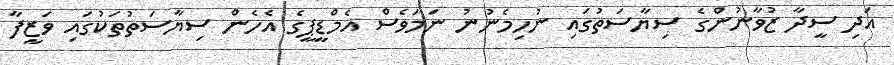
އަދި ސީދާ ޒުވާނުންގެ ސިޔާސަތުގައި ނުހިމެނުނު ނަމަވެސް އެމްޑީޕީގެ އެހެން ސިޔާސަތުތަކުގައި ވަޒީފާ